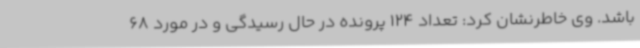
باشد. وی خاطرنشان کرد: تعداد 124 پرونده در حال رسیدگی و در مورد 68